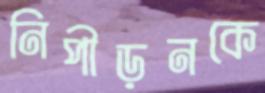
নিপীড়নকে